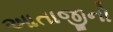
આતાજીનો